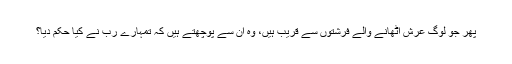
پھر جو لوگ عرش اٹھانے والے فرشتوں سے قریب ہیں، وہ ان سے پوچھتے ہیں کہ تمہارے رب نے کیا حکم دیا؟